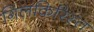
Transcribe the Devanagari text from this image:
गिलकिरिस्त